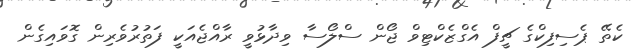
ކެތޭ ޕެސިފިކްގެ ޗީފް އެގްޒެކްޓިވް ޖޯން ސްލޯސާ ވިދާޅުވީ ރާއްޖެއަކީ ފަތުރުވެރިން ގޮވައިގެން